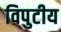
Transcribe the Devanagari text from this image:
विपुटीय